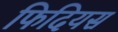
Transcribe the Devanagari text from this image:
फिदियस